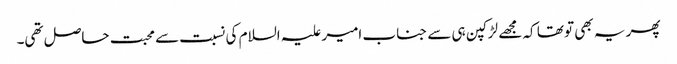
پھر یہ بھی تو تھا کہ مجھے لڑکپن ہی سے جناب امیر علیہ السلام کی نسبت سے محبت حاصل تھی۔